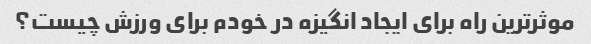
موثرترین راه برای ایجاد انگیزه در خودم برای ورزش چیست؟